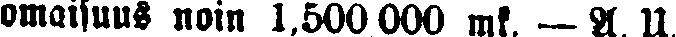
omaisuus noin 1,500,000 mk. — A U.